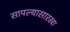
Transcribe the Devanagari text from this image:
सापल्यासारखा